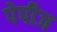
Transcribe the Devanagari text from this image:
पेपीज